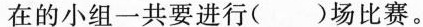
在的小组一共要进行()场比赛。